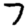
Digit: 7